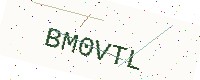
Text: BM0VTL